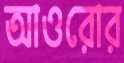
আওরোর